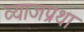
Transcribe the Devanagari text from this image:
व्याजप्रथा